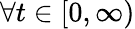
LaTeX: \forall t\in[0,\infty)